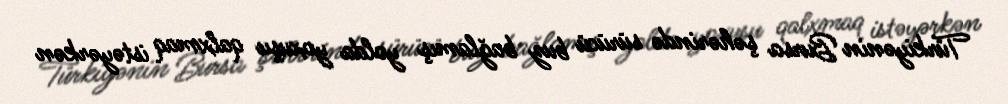
Türkiyənin Bursa şəhərində sürücü buz bağlamış yolda yoxuşu qalxmaq istəyərkən